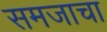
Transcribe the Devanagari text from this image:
समजाचा